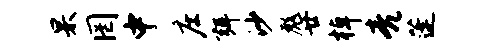
杲罔中庄弭沙彪廿棹亮蓬